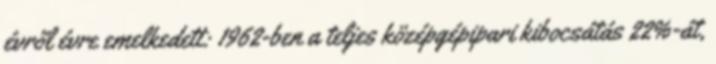
évről évre emelkedett: 1962-ben a teljes középgépipari kibocsátás 22%-át,